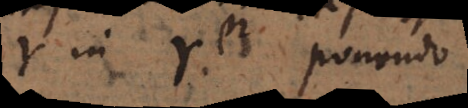
r in γ ponendo